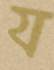
য